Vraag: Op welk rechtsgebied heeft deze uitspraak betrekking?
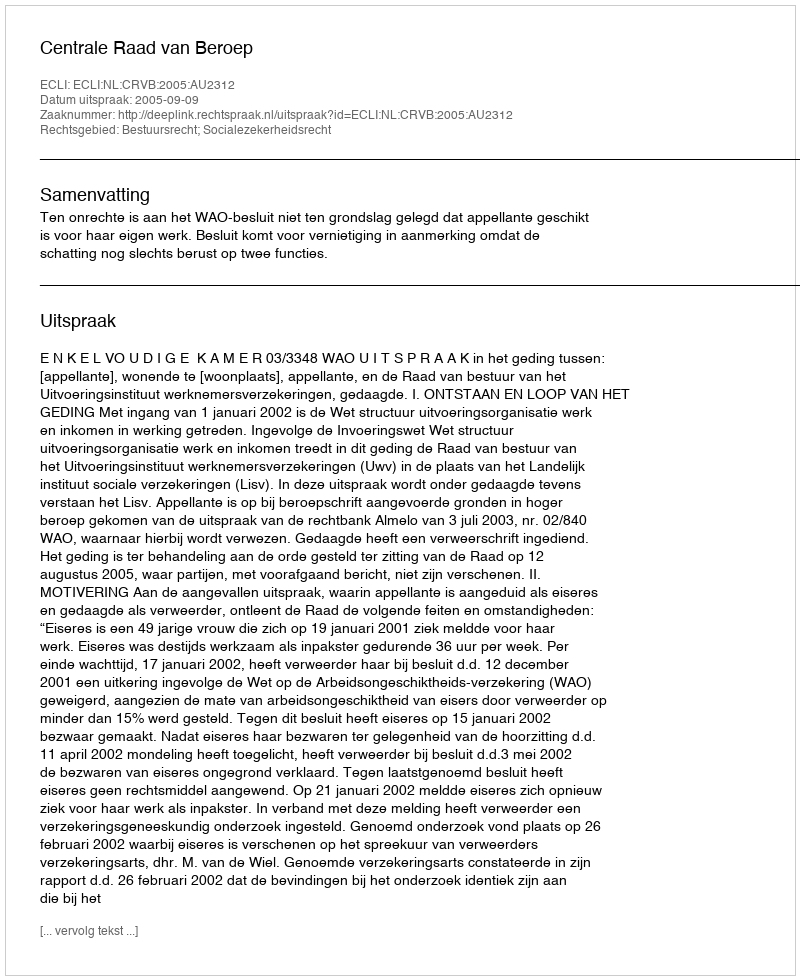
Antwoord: Bestuursrecht; Socialezekerheidsrecht